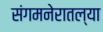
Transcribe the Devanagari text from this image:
संगमनेरातल्या